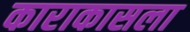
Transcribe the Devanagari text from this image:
काराकासला